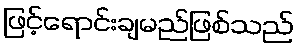
ဖြင့်ရောင်းချမည်ဖြစ်သည်